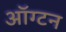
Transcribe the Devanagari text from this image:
ऑग्टन